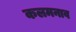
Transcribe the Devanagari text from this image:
कलमनाव